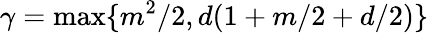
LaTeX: \gamma=\operatorname*{max}\{ m^{2}/2,d(1+m/2+d/2)\}